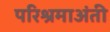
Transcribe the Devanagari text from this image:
परिश्रमाअंती